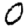
Digit: 0